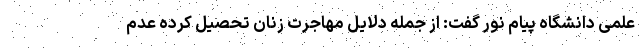
علمی دانشگاه پیام نور گفت: از جمله دلایل مهاجرت زنان تحصیل کرده عدم